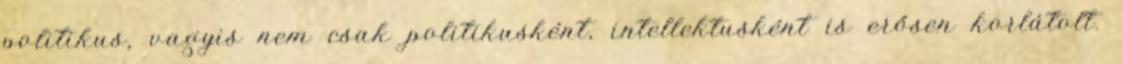
politikus, vagyis nem csak politikusként, intellektusként is erősen korlátolt.